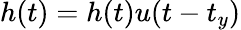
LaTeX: \begin{array}{r}{h(t)=h(t)u(t-t_{y})}\end{array}